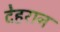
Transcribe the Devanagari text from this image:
देहरान